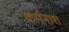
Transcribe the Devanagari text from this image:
कर्मनाश